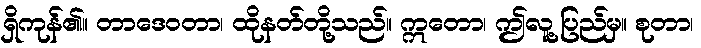
ရှိကုန်၏။ တာဒေဝတာ၊ ထိုနတ်တို့သည်။ ဣတော၊ ဤလူ့ပြည်မှ။ စုတာ၊